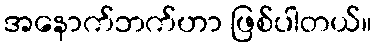
အနောက်ဘက်ဟာ ဖြစ်ပါတယ်။